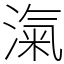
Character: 滊